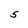
Character: S